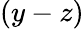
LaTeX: (y-z)